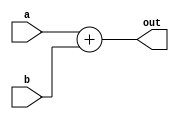
module add(a,b,out);
  input[16:0] a,b;
  output[16:0] out;
  assign out=a+b;
endmodule